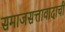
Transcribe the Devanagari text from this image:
समाजसत्तावादाची